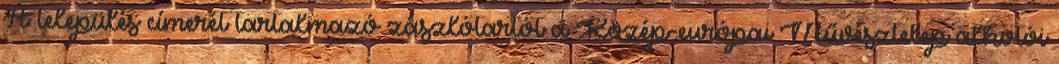
A település címerét tartalmazó zászlótartót a Közép-európai Művésztelep alkotói